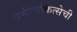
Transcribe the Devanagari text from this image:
धर्मचिकित्सेची